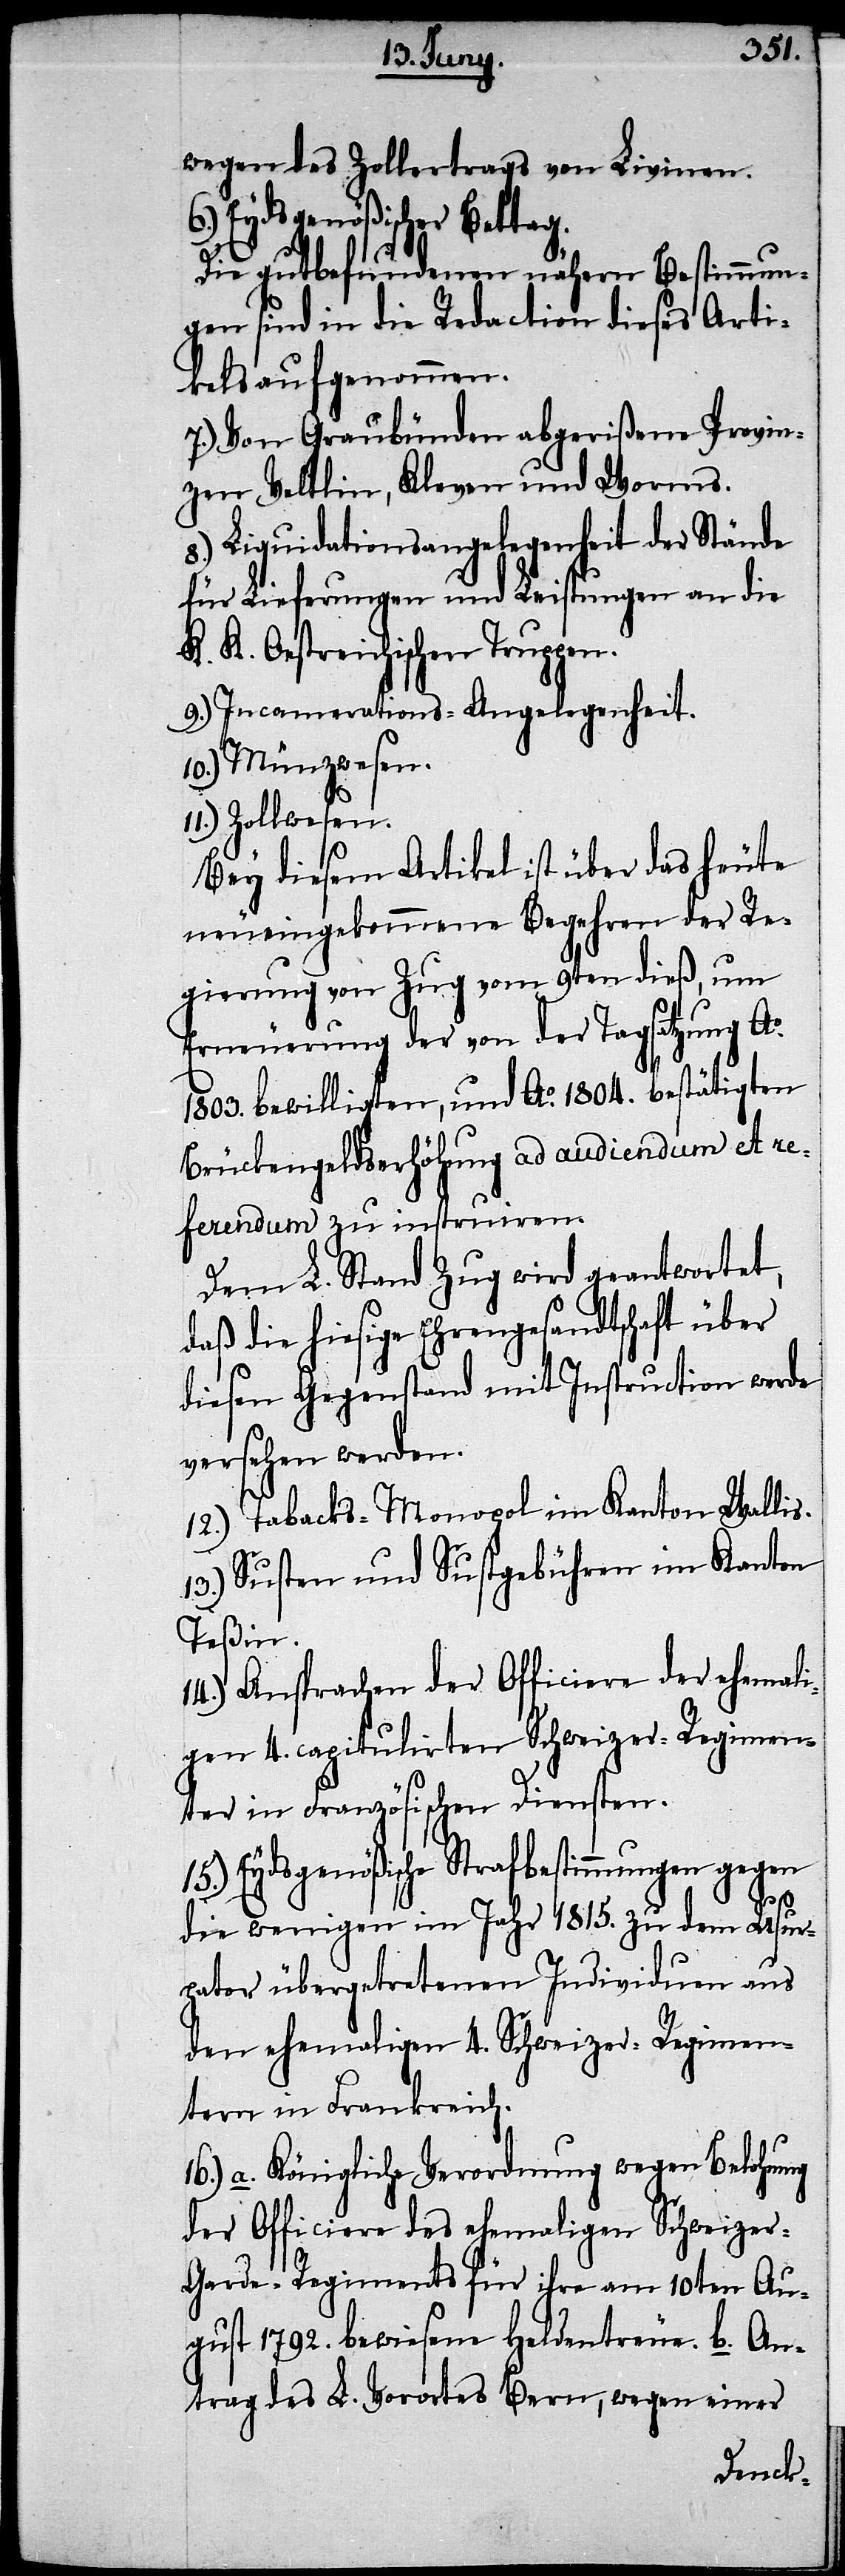
wegen des Zollertrags von Livinen.
Eydsgenößischer Betta¬
Die gutbefundenen nähern Bestimmun¬
gen sind in die Redaction dieses Arti¬
kels aufzunehmen.
7.) Von Graubünden abgerißene Provin¬
zen Veltlin, Kleven und Worms.
8.) Liquidationsangelegenheit der Stände
für Lieferungen und Leistungen an die
K. K. Oestreichischen Truppen.
9.) Incamerations-Angelegenheit.
10.) Münzwesen.
11.) Zollwesen.
Bey diesem Artikel ist über das heute
neueingekommene Begehren der Re¬
gierung von Zug vom 9ten dieß, um
Erneuerung der von der Tagsatzung Ao.
1803. bewilligten, und Ao. 1804. bestätigten
Brückengeldserhöhung ad audiendum et re¬
ferendum zu instruiren.
Dem L. Stand Zug wird geantwortet,
daß die hiesige Ehrengesandtschaft über
diesen Gegenstand mit Instruction werde
versehen werden.
12.) Tabacks-Monopol im Kanton Wallis.
13.) Susten und Sustgebühren im Kanton
Teßin.
14.) Ansprachen der Officiere der ehemali¬
gen 4. capitulirten Schweizer-Regimen¬
ter in Französischen Diensten.
15.) Eydsgenößische Strafbestimmungen gegen
g.
die wenigen im Jahr 1815. zu dem Usur¬
pator übergetretenen Individuen aus
den ehemaligen 4. Schweizer-Regimen¬
tern in Frankreich.
16.) a. Königliche Verordnung wegen Belohnung
der Officiere des ehemaligen Schweize¬
r-Garde-Regiments für ihre am 10ten Au¬
gust 1792. bewiesene Heldentreue. b. An¬
trag des L. Vorortes Bern, wegen einer